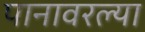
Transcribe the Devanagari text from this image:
पानावरल्या